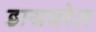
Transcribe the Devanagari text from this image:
डायब्लेल